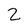
Character: 2